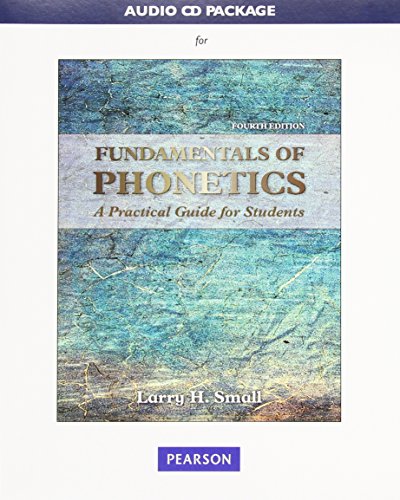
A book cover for Audio CD Package for Fundamentals of Phonetics: A Practical Guide for Students; Larry H. Small; Medical Books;